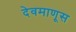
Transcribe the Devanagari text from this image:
देवमाणूस